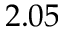
2 . 0 5